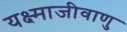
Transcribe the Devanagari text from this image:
यक्ष्माजीवाणु